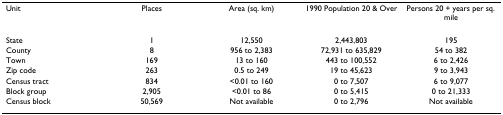
| Unit | Places | Area (sq. km) | 1990 Population 20 & Over | Persons 20 + years per sq. mile |
 | --- | --- | --- | --- | --- |
 | State | 1 | 12,550 | 2,443,803 | 195 |
 | County | 8 | 956 to 2,383 | 72,931 to 635,829 | 54 to 382 |
 | Town | 169 | 13 to 160 | 443 to 100,552 | 6 to 2,426 |
 | Zip code | 263 | 0.5 to 249 | 19 to 45,623 | 9 to 3,943 |
 | Census tract | 834 | <0.01 to 160 | 0 to 7,507 | 6 to 9,077 |
 | Block group | 2,905 | <0.01 to 86 | 0 to 5,415 | 0 to 21,333 |
 | Census block | 50,569 | Not available | 0 to 2,796 | Not available |